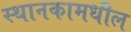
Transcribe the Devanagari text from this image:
स्थानकामधील